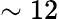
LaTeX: \sim 12